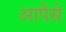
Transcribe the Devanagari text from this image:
आपैसे